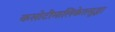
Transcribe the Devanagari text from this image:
कसोटीमालिकेतसुद्धा